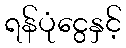
ရန်ပုံငွေနှင့်